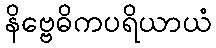
နိဗ္ဗေဓိကပရိယာယံ